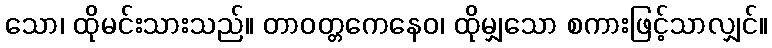
သော၊ ထိုမင်းသားသည်။ တာဝတ္တကေနေဝ၊ ထိုမျှသော စကားဖြင့်သာလျှင်။